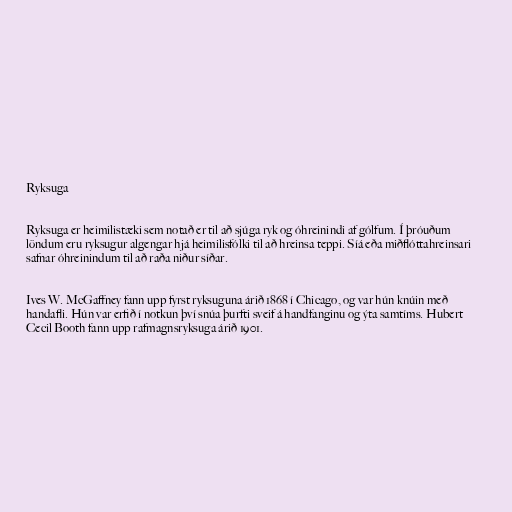
Ryksuga

Ryksuga er heimilistæki sem notað er til að sjúga ryk og óhreinindi af gólfum. Í þróuðum
löndum eru ryksugur algengar hjá heimilisfólki til að hreinsa teppi. Síá eða miðflóttahreinsari
safnar óhreinindum til að raða niður síðar.

Ives W. McGaffney fann upp fyrst ryksuguna árið 1868 í Chicago, og var hún knúin með
handafli. Hún var erfið í notkun því snúa þurfti sveif á handfanginu og ýta samtíms. Hubert
Cecil Booth fann upp rafmagnsryksuga árið 1901.